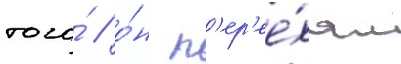
того́ / о́н п'ер'ее́хал